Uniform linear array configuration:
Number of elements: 24
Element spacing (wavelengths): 0.5
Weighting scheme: uniform
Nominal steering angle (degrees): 45
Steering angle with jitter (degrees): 46.001
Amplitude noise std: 0.05
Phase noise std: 0.05

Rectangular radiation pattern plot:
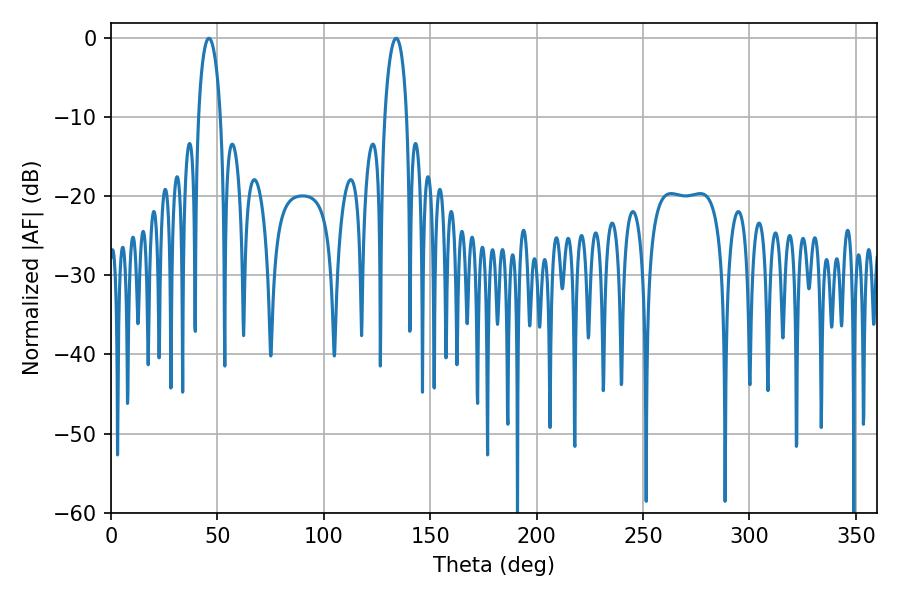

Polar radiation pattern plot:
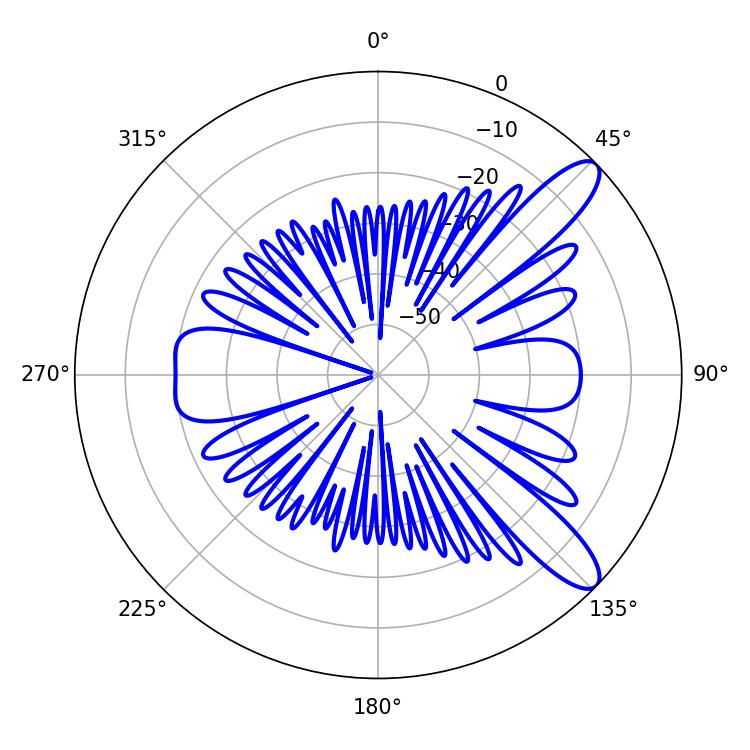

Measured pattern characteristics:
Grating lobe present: FALSE
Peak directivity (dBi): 10.816
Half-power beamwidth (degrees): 5.94
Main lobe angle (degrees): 133.92